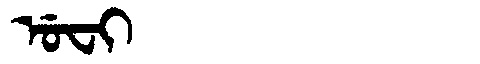
Manchu: ᡠᠸᡳ
Romanization: UFI